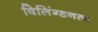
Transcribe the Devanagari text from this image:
विलिंग्डनला